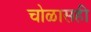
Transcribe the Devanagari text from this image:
चोळासही